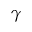
\gamma